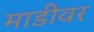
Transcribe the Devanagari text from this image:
माडीवर